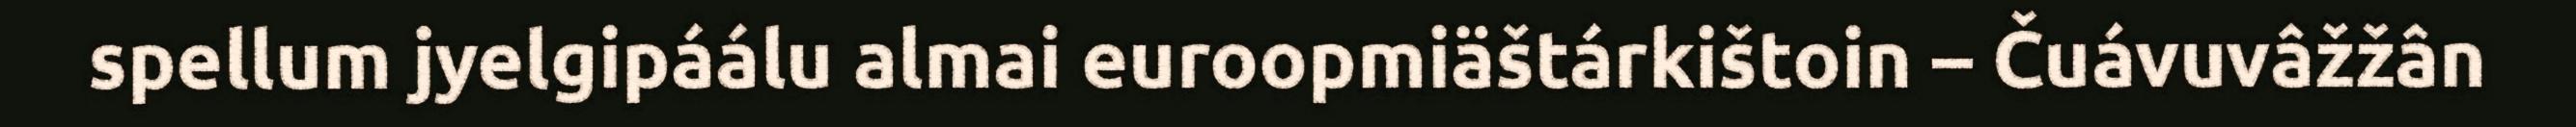
spellum jyelgipáálu almai euroopmiäštárkištoin – Čuávuvâžžân